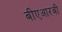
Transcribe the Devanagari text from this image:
बीएआरबी